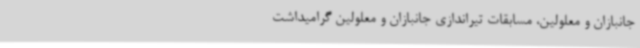
جانبازان و معلولین، مسابقات تیراندازی جانبازان و معلولین گرامیداشت